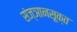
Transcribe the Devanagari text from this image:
संज्ञानसूक्त